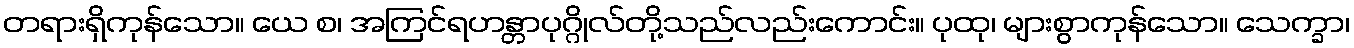
တရားရှိကုန်သော။ ယေ စ၊ အကြင်ရဟန္တာပုဂ္ဂိုလ်တို့သည်လည်းကောင်း။ ပုထု၊ များစွာကုန်သော။ သေက္ခာ၊